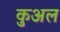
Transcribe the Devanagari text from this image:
कुअल